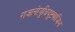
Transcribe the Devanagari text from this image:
राजानोयुधिदुष्टवाजिन